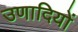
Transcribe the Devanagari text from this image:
उणादियों